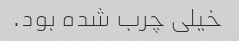
خیلی چرب شده بود.